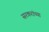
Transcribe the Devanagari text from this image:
सरकरांच्या